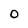
Character: O